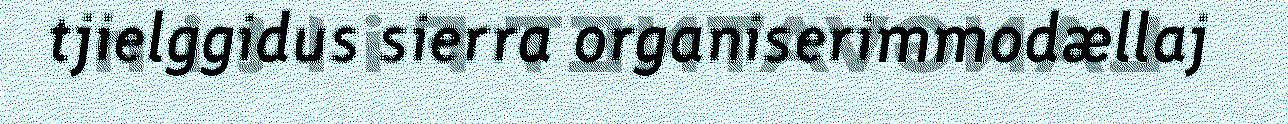
tjielggidus sierra organiserimmodællaj